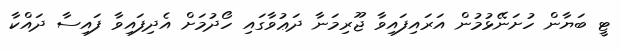
ޓީ ބަޔާން ހުށަނޭޅުމުން އަރައިފައިވާ ޖޫރިމަނާ ދަޢުވާގައި ހޯދުމަށް އެދިފައިވާ ފައިސާ ދައްކާ